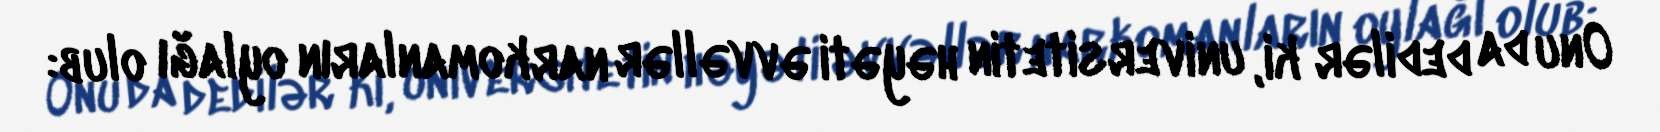
Onu da dedilər ki, universitetin həyəti əvvəllər narkomanların oylağı olub: